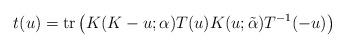
LaTeX: \begin{align*}t(u)={\rm tr}\left(K(K-u;{\bf \alpha})T(u)K(u;\tilde{\bf\alpha})T^{-1}(-u)\right)\end{align*}